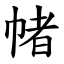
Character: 帾